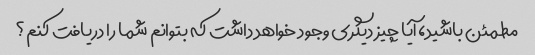
مطمئن باشید، آیا چیز دیگری وجود خواهد داشت که بتوانم شما را دریافت کنم؟